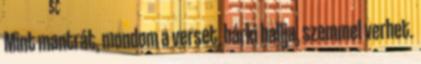
Mint mantrát, mondom a verset, bárki hallja, szemmel verhet.